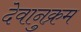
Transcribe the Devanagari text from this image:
देवानुक्रम